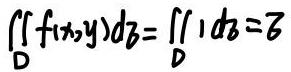
$\iint_{D} f(x,y) \,d\sigma=\iint_{D} 1 \,d\sigma = 6$